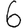
Digit: 6